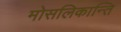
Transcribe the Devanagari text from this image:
मोसलिकान्ति